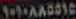
١٠١٠٨٨٥٥١٥